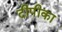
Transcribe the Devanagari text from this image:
दीपीका